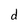
Character: d